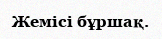
Жемісі бұршақ.